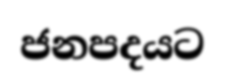
ජනපදයට